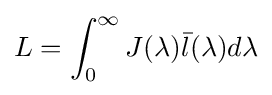
L=\int _{0}^{\infty }J(\lambda ){\bar {l}}(\lambda )d\lambda